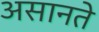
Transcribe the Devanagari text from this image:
असानते